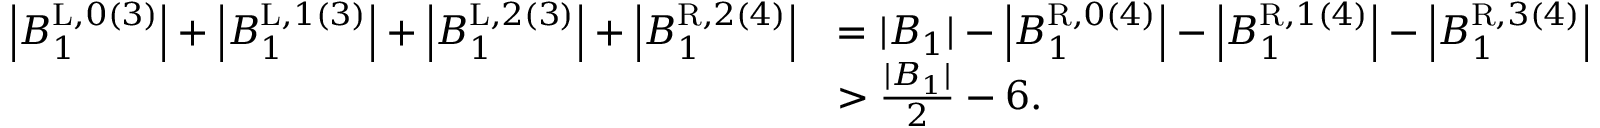
\begin{array} { r l } { \left| B _ { 1 } ^ { \mathrm { L } , 0 ( 3 ) } \right| + \left| B _ { 1 } ^ { \mathrm { L } , 1 ( 3 ) } \right| + \left| B _ { 1 } ^ { \mathrm { L } , 2 ( 3 ) } \right| + \left| B _ { 1 } ^ { \mathrm { R } , 2 ( 4 ) } \right| } & { = | B _ { 1 } | - \left| B _ { 1 } ^ { \mathrm { R } , 0 ( 4 ) } \right| - \left| B _ { 1 } ^ { \mathrm { R } , 1 ( 4 ) } \right| - \left| B _ { 1 } ^ { \mathrm { R } , 3 ( 4 ) } \right| } \\ & { > \frac { | B _ { 1 } | } { 2 } - 6 . } \end{array}